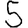
Digit: 5